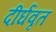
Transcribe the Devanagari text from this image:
दीर्घवृत